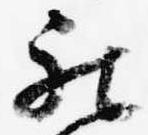
被